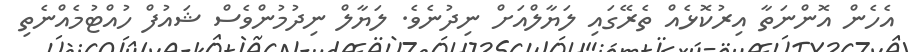
އެހެން އޮންނަތާ އިރުކޮޅެއް ތެރޭގައި ލަޔާލްއަށް ނިދުނެވެ. ލަޔާލް ނިދުމުންވެސް ޝައުފް ހުއްޓުމެއްނެތި